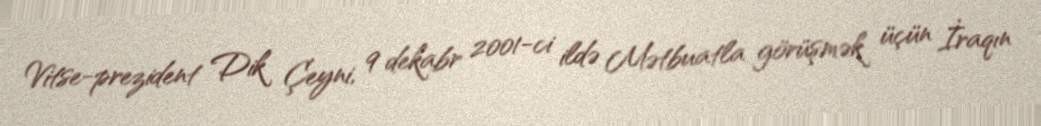
Vitse-prezident Dik Çeyni, 9 dekabr 2001-ci ildə Mətbuatla görüşmək üçün İraqın